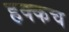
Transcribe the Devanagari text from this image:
हक्कच